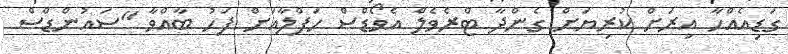
ގަޑިއެއްހާ އިރަށް ކުރިޔަށް ގެންދާ ޓްރެވެލް އެވޯޑްސް ހަފްލާއަށް ފަހު ބާއްވާ "ސައުންޑްސް